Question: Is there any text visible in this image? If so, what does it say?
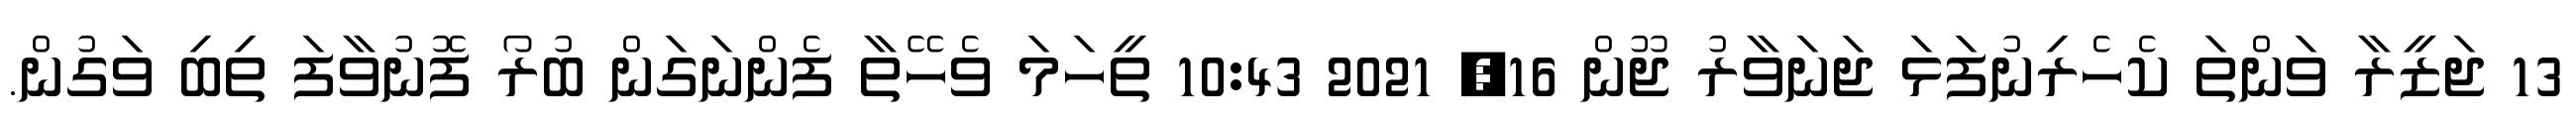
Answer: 13 ޖަޒީރާ ވަންތަ ކެހެރިނުފަޅަ ޖަނަވާރު ޖޫން 16, 2021 10:43 ތީހަމަ ވެހޭތާ ފެންނަގަން ބުރޯ ފޮނުވާފަ ތިބި ވަގުން.